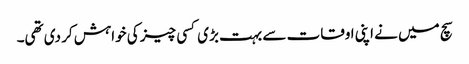
سچ میں نے اپنی اوقات سے بہت بڑی کسی چیز کی خواہش کر دی تھی۔